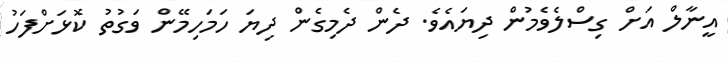
އީނާލް އަށް ގިސްލެވެމުން ދިޔައެވެ. ދެން ދެމިގެން ދިޔަ ހަމަހިމޭން ވަގުތު ކޮޅަށްފަހު